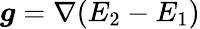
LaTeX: \begin{array}{r}{\boldsymbol{g}=\nabla(E_{2}-E_{1})}\end{array}